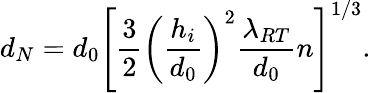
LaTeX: {d_{N}}=d_{0}\left[\frac{3}{2}\left(\frac{h_{i}}{d_{0}}\right)^{2}\frac{\lambda_{RT}}{d_{0}}n\right]^{1/3}.